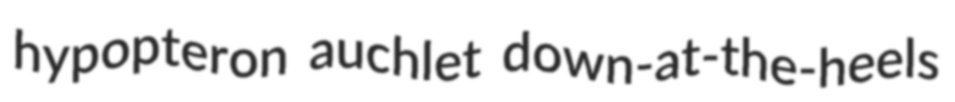
hypopteron auchlet down-at-the-heels